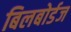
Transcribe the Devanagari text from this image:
बिलबोर्डज